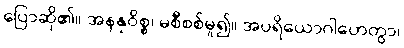
ပြောဆို၏။ အနနုဝိစ္စ၊ မစီစစ်မူ၍။ အပရိယောဂါဟေတွာ၊